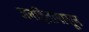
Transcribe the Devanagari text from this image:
जनहितापासून